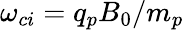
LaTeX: \omega_{ci}=q_{p}B_{0}/m_{p}